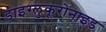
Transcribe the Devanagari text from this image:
डाइग्लुकूरोनाइड